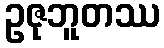
ဥဇုဘူတဿ